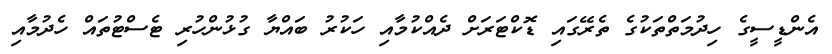
އެންޑީސީގެ ހިދުމަތްތަކުގެ ތެރޭގައި ޑޮކްޓަރަށް ދެއްކުމާއި ހަކުުރު ބަައްޔާ ގުޅުންހުރި ޓެސްޓުތައް ހެދުމާއި